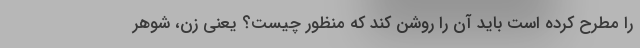
را مطرح کرده است باید آن را روشن کند که منظور چیست؟ یعنی زن، شوهر